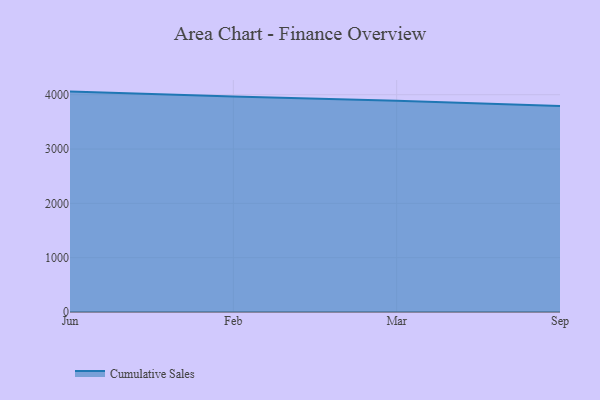
{"axis": {"x": "Month", "y": "LTV (USD)"}, "legend": ["Cumulative Sales"], "data": [{"x": "Jun", "y": 4057.7, "type": "Cumulative Sales"}, {"x": "Feb", "y": 3965.7, "type": "Cumulative Sales"}, {"x": "Mar", "y": 3889.2, "type": "Cumulative Sales"}, {"x": "Sep", "y": 3792.7, "type": "Cumulative Sales"}]}